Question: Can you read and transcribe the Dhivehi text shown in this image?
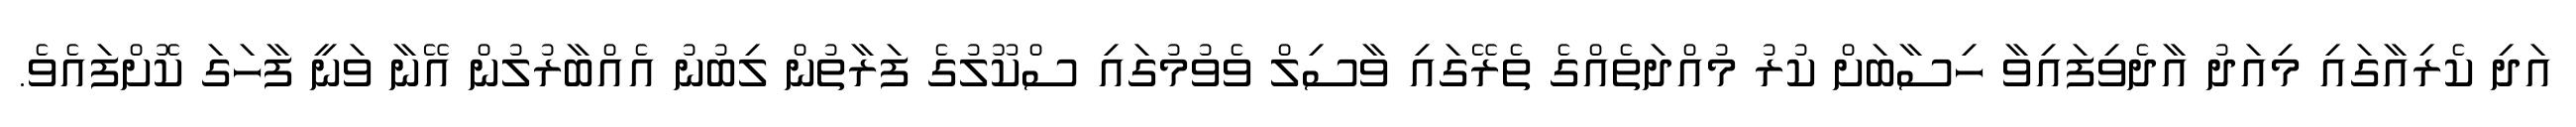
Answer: އަދި ކެރިއާގައި މިއަދު އާދެވިފައިވާ ހިސާބަށް ކުރު މުއްދަތެއްގެ ތެރޭގައި ވާސިލް ވެވުމުގައި ސްކޫލުގެ ފަރާތުން ލިބުނު އެއްބާރުލުން އޭނާ ވަނީ ފާހަގަ ކޮށްފައެވެ.